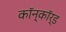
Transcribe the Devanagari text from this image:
कॉन्कॉर्ड